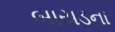
બાયડના